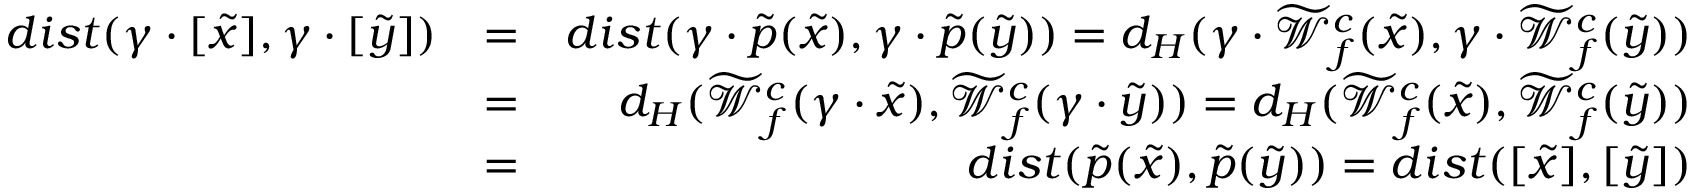
\begin{array} { r l r } { d i s t ( \gamma \cdot [ \widetilde { x } ] , \gamma \cdot [ \widetilde { y } ] ) } & { = } & { d i s t ( \gamma \cdot \widetilde { p } ( \widetilde { x } ) , \gamma \cdot \widetilde { p } ( \widetilde { y } ) ) = d _ { H } ( \gamma \cdot \widetilde { { \mathcal W } } _ { f } ^ { c } ( \widetilde { x } ) , \gamma \cdot \widetilde { { \mathcal W } } _ { f } ^ { c } ( \widetilde { y } ) ) } \\ & { = } & { d _ { H } ( \widetilde { { \mathcal W } } _ { f } ^ { c } ( \gamma \cdot \widetilde { x } ) , \widetilde { { \mathcal W } } _ { f } ^ { c } ( \gamma \cdot \widetilde { y } ) ) = d _ { H } ( \widetilde { { \mathcal W } } _ { f } ^ { c } ( \widetilde { x } ) , \widetilde { { \mathcal W } } _ { f } ^ { c } ( \widetilde { y } ) ) } \\ & { = } & { d i s t ( \widetilde { p } ( \widetilde { x } ) , \widetilde { p } ( \widetilde { y } ) ) = d i s t ( [ \widetilde { x } ] , [ \widetilde { y } ] ) } \end{array}